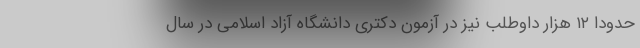
حدودا ۱۲ هزار داوطلب نیز در آزمون دکتری دانشگاه آزاد اسلامی در سال